Annual report on the working of the lock hospitals in the North-Western Provinces and Oudh
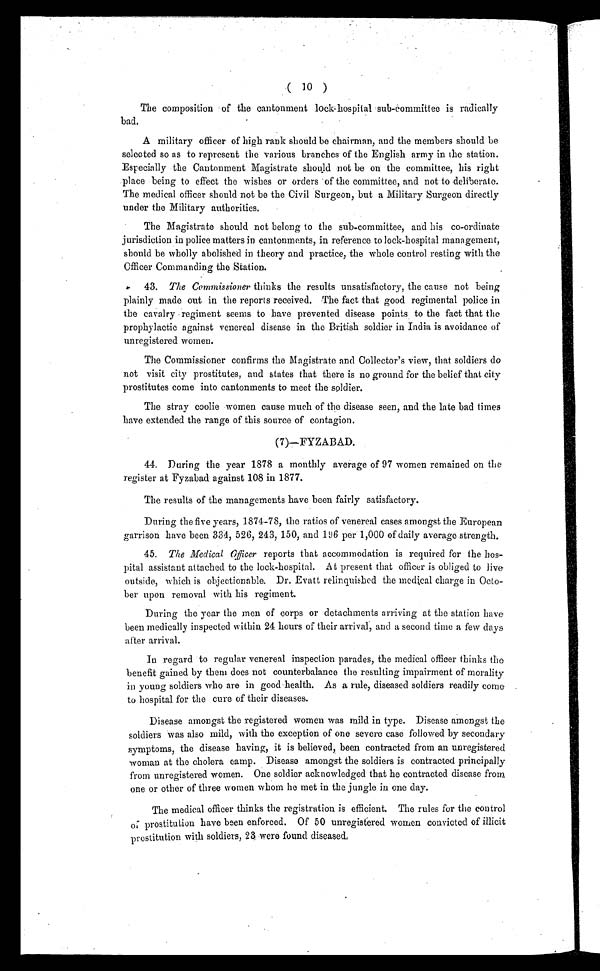
( 10 )
The composition of the cantonment lock-hospital sub-Committee is radically
bad.
A military officer of high rank should be chairman, and the members should be
selected so as to represent the various branches of the English army in the station.
Especially the Cantonment Magistrate should not be on the committee, his right
place being to effect the wishes or orders of the committee, and not to deliberate.
The medical officer should not be the Civil Surgeon, but a Military Surgeon directly
under the Military authorities.
The Magistrate should not belong to the sub-committee, and his co-ordinate
jurisdiction in police matters in cantonments, in reference to lock-hospital management,
should be wholly abolished in theory and practice, the whole control resting with the
Officer Commanding the Station.
43. The Commissioner thinks the results unsatisfactory, the cause not being
plainly made out in the reports received. The fact that good regimental police in
the cavalry regiment seems to have prevented disease points to the fact that the
prophylactic against venereal disease in the British soldier in India is avoidance of
unregistered women.
The Commissioner confirms the Magistrate and Collector's view, that soldiers do
not visit city prostitutes, and states that there is no ground for the belief that city
prostitutes come into cantonments to meet the soldier.
The stray coolie women cause much of the disease seen, and the late bad times
have extended the range of this source of contagion.
(7)—FYZABAD.
44. During the year 1878 a monthly average of 97 women remained on the
register at Fyzabad against 108 in 1877.
The results of the managements have been fairly satisfactory.
During the five years, 1874-78, the ratios of venereal cases amongst the European
garrison have been 334, 526, 243, 150, and 196 per 1,000 of daily average strength.
45. The Medical Officer reports that accommodation is required for the hos-
pital assistant attached to the lock-hospital. At present that officer is obliged to live
outside, which is objectionable. Dr. Evatt relinquished the medical charge in Octo-
ber upon removal with his regiment.
During the year the men of corps or detachments arriving at the station have
been medically inspected within 24 hours of their arrival; and a second time a few days
after arrival.
In regard to regular venereal inspection parades, the medical officer thinks the
benefit gained by them does not counterbalance the resulting impairment of morality
in young soldiers who are in good health. As a rule, diseased soldiers readily come .
to hospital for the cure of their diseases.
Disease amongst the registered women was mild in type. Disease amongst the
soldiers was also mild, with the exception of one severe case followed by secondary
symptoms, the disease having, it is believed, been contracted from an unregistered
woman at the cholera camp. Disease amongst the soldiers is contracted principally
from unregistered women. One soldier acknowledged that he contracted disease from
one or other of three women whom he met in the jungle in one day.
The medical officer thinks the registration is efficient. The rules for the control
of prostitution have been enforced. Of 50 unregistered women convicted of illicit
prostitution with soldiers, 23 were found diseased,